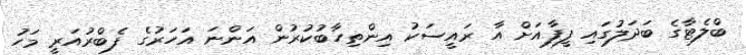
ބްލެޓާގެ ބަދަލުގައި ފީފާއަށް އާ ރައީސަކު އިންތިހާބުކުރުން އަންނަ އަހަރުގެ ފެބްރުއަރީ މަހު